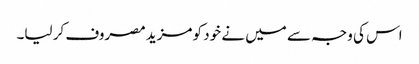
اس کی وجہ سے میں نے خود کو مزید مصروف کر لیا۔